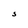
Character: S